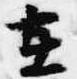
在